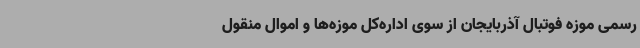
رسمی موزه فوتبال آذربایجان از سوی اداره‌کل موزه‌ها و اموال منقول